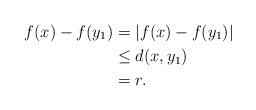
LaTeX: \begin{align*} f(x)-f(y_1)&= |f(x)-f(y_1)| \\& \leq d(x,y_1) \\& =r.\end{align*}